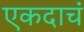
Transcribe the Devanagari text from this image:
एकदाचं